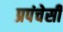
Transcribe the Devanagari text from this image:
प्रपंचेसी